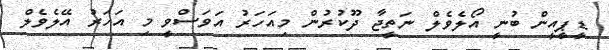
ޑީޕީއީން ބުނީ އޯލެވެލް ނަތީޖާ ދޫކުރުން މިއަހަރު އަވަސްވީ މި އަހަރު އޭލެވެލް